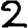
Digit: 2